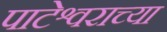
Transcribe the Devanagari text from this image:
पाटेश्वराच्या